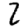
Digit: 2